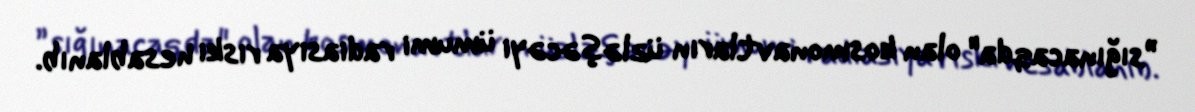
”sığınacaqda" olan kosmonavtların üzləşəcəyi ümumi radiasiya riski hesablanıb.